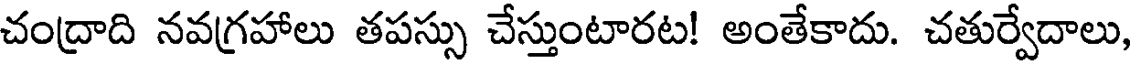
చంద్రాది నవగ్రహాలు తపస్సు చేస్తుంటారట! అంతేకాదు. చతుర్వేదాలు,